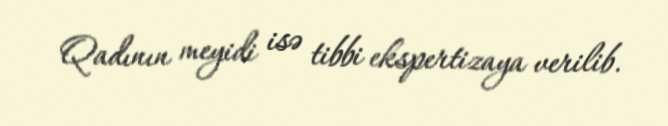
Qadının meyidi isə tibbi ekspertizaya verilib.